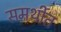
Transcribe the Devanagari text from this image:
समर्थीत